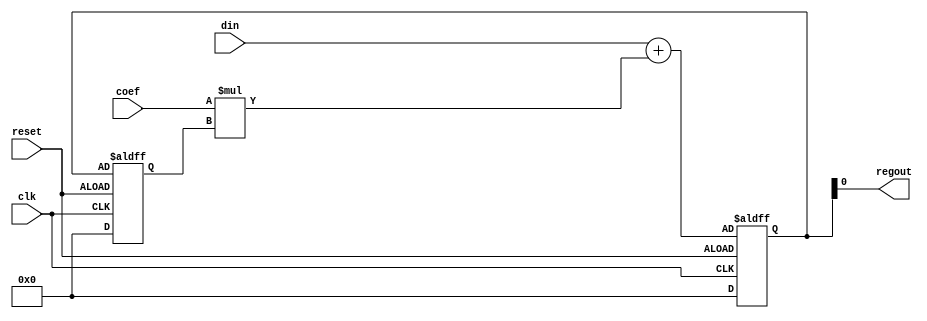
module accumulator (
    input wire clk,
    input wire reset,
    input wire din,
    input wire [3:0] coef,
    output wire regout
);

reg [15:0] acc;
reg [15:0] delay_reg;

always @(posedge clk or negedge reset) begin
    if (reset) begin
        acc <= 0;
        delay_reg <= 0;
    end else begin
        delay_reg <= acc;
        acc <= din + (coef * delay_reg);
    end
end

assign regout = acc[15:0];

endmodule